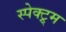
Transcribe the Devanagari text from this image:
स्पेक्ट्र्म